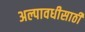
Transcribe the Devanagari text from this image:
अल्पावधीसाठी